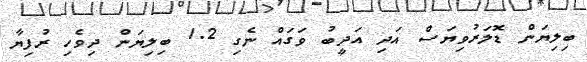
ބިލިޔަން ޑޮލަރުވިޔަސް އަދި އަދީބު ވަގައް ނެގި 1.2 ބިލިޔަން ދިވެހި ރުފިޔާ